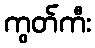
ကွတ်ကီး